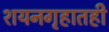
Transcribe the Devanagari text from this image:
शयनगृहातही